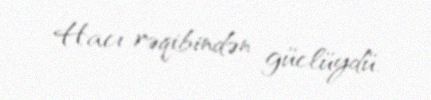
Hacı rəqibindən güclüydü.